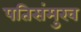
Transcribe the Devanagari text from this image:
पतिसंमुख